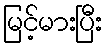
မြင့်မားပြီး